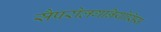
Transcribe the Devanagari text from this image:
सैपरोलगनियोसिस